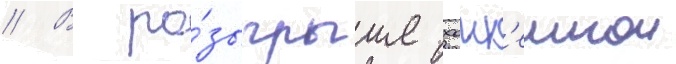
// В ро́зыгрыше хокк'еинои